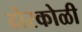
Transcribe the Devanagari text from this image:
ढोरकोळी